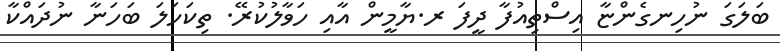
ބަލަގަ ނުހިނގެންޏާ އިސްތިއުފާ ދީފަ ރ.ޔާމީން އާއި ހަވާލުކުރޭ. ތިކަހަލަ ބަހަނާ ނުދައްކާ